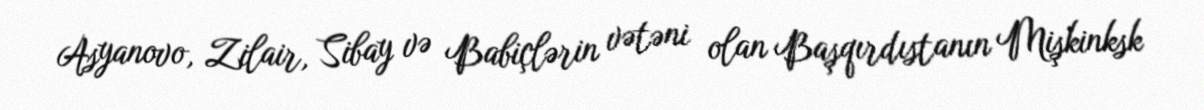
Asyanovo, Zilair, Sibay və Babiçlərin vətəni olan Başqırdıstanın Mişkinksk